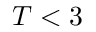
T < 3